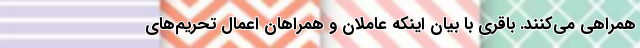
همراهی می‌کنند. باقری با بیان اینکه عاملان و همراهان اعمال تحریم‌های